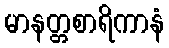
မာနတ္တစာရိကာနံ